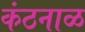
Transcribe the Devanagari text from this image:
कंठनाळ